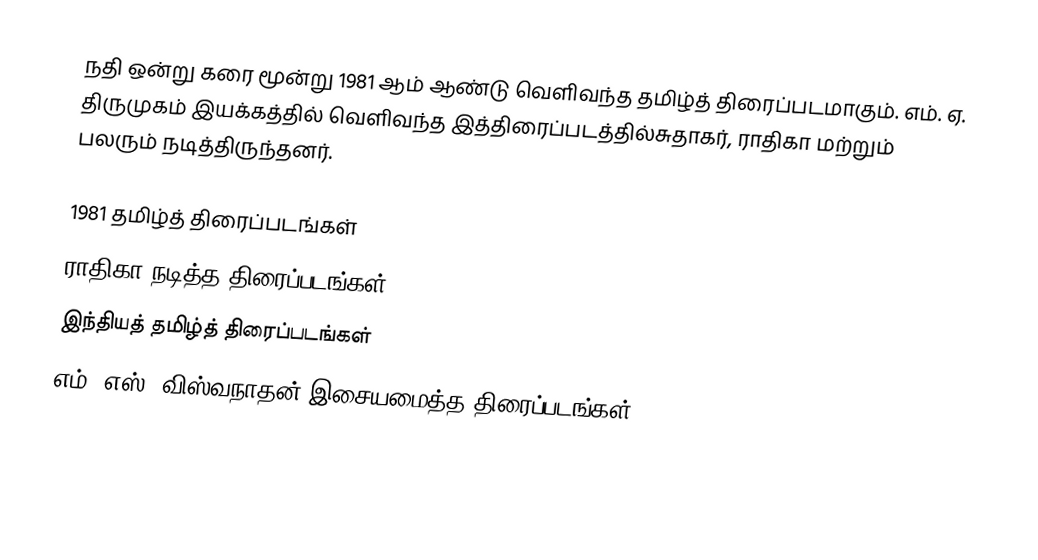
நதி ஒன்று கரை மூன்று 1981 ஆம் ஆண்டு வெளிவந்த தமிழ்த் திரைப்படமாகும். எம். ஏ. திருமுகம் இயக்கத்தில் வெளிவந்த இத்திரைப்படத்தில்சுதாகர், ராதிகா மற்றும் பலரும் நடித்திருந்தனர்.

1981 தமிழ்த் திரைப்படங்கள்
ராதிகா நடித்த திரைப்படங்கள்
இந்தியத் தமிழ்த் திரைப்படங்கள்
எம். எஸ். விஸ்வநாதன் இசையமைத்த திரைப்படங்கள்